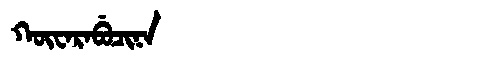
Manchu: ᡴᡡᠸᠠᡵᠠᠪᡠᠴᡳᠨᠠ
Romanization: KŪWARABUCINA